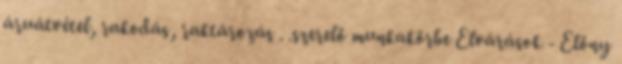
áruátvétel, rakodás, raktározás . .szerelő munkakörbe Elvárások - Előny